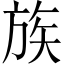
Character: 族